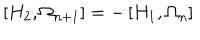
LaTeX: \left[ H _ { 2 } , \Omega _ { n + 1 } \right] = - \left[ H _ { 1 } , \Omega _ { n } \right]